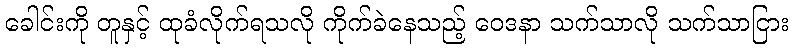
ခေါင်းကို တူနှင့် ထုခံလိုက်ရသလို ကိုက်ခဲနေသည့် ဝေဒနာ သက်သာလို သက်သာငြား